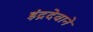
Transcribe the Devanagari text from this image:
इंद्रदेवाने